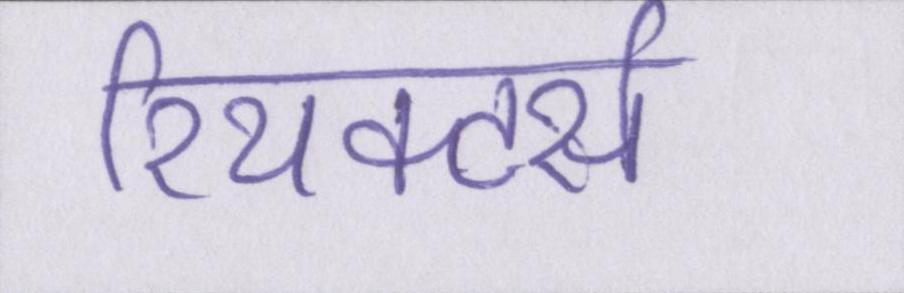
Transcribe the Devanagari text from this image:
रियक्टर्स